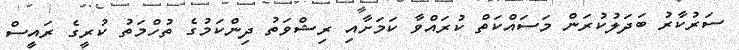
ސަރުކާރު ބަދަލުކުރަން މަސައްކަތް ކުރައްވާ ކަމަށާއި ރިޝްވަތު ދިންކަމުގެ ތުހްމަތު ކުރީގެ ރައީސް